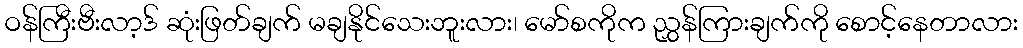
ဝန်ကြီးဗီးလာ့ဒ် ဆုံးဖြတ်ချက် မချနိုင်သေးဘူးလား၊ မော်စကိုက ညွှန်ကြားချက်ကို စောင့်နေတာလား